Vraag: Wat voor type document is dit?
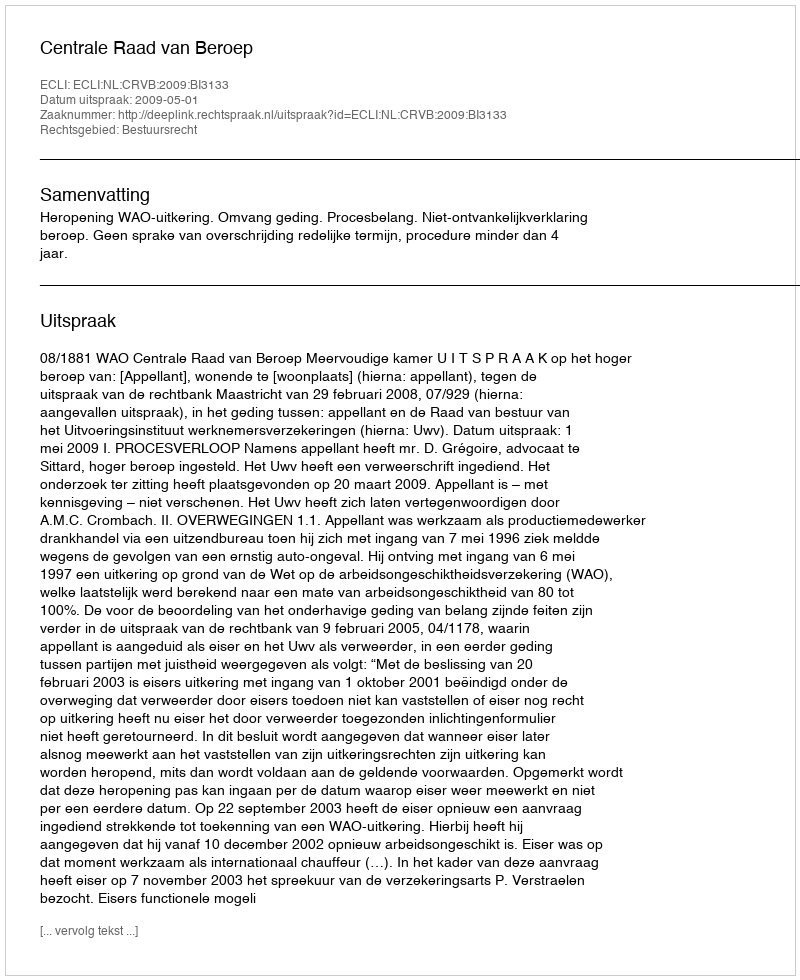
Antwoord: Uitspraak